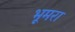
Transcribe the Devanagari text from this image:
भूमरा